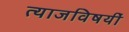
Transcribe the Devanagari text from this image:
त्याजविषयीं